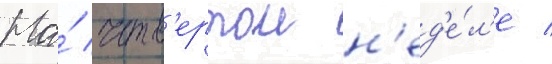
На́ четв'ертои н'ед'е́л'е /